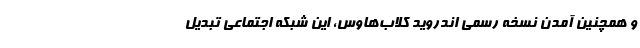
و همچنین آمدن نسخه رسمی اندروید کلاب‌هاوس، این شبکه اجتماعی تبدیل